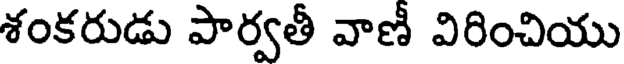
శంకరుడు పార్వతీ వాణీ విరించియు